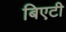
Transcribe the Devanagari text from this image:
बिएटी